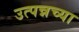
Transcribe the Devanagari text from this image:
उत्पन्नच्या